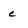
Character: c